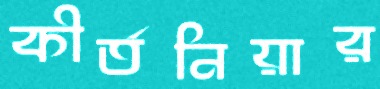
কীর্তনিয়ার